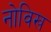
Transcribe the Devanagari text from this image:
नोविख